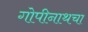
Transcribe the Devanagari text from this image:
गोपीनाथचा